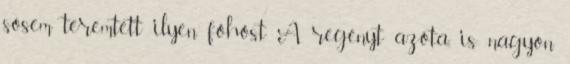
sosem teremtett ilyen főhőst A regényt azóta is nagyon